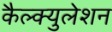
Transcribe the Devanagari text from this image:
कैल्क्युलेशन